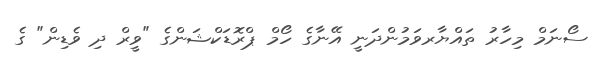
ސޯނަމް މިހާރު ތައްޔާރވަމުންދަނީ އޭނާގެ ހޯމް ޕްރޮޑަކްޝަންގެ "ވީރް ދި ވެޑިން" ގެ